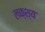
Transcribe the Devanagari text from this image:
लक्श्य